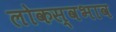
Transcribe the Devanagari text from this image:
लोकस्वभाव